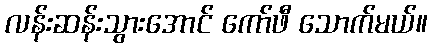
လန်းဆန်းသွားအောင် ကော်ဖီ သောက်မယ်။